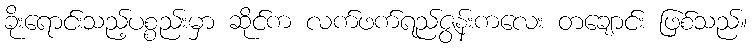
ခိုးရောင်းသည့်ပစ္စည်းမှာ ဆိုင်က လက်ဖက်ရည်ဇွန်းကလေး တချောင်း ဖြစ်သည်။